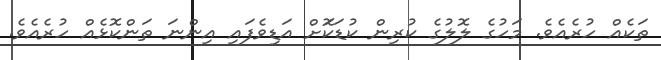
ތަކެއް ހުރެއެވެ. މަހުގެ ލޮލުގެ ކުރިން ކުޑަކަޮށް އަޑިވެފައި އިންނަ ތަންކޮޅެއް ހުރެއެވެ.